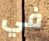
في